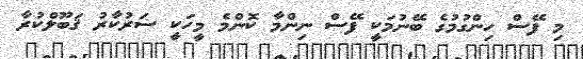
މި ފޭސް ހިންގުމުގެ ބޭނުމަކީ ފޭސް ނިންމާ ކޮންމެ މީހަކީ ސަރުކާރު ޤަބޫލްކުރާ